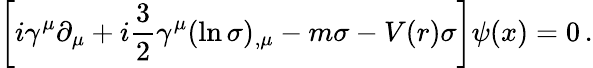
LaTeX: \left[i\gamma^{\mu}\partial_{\mu}+i\frac{3}{2}\gamma^{\mu}(\ln\sigma)_{,\mu}-m\sigma-V(r)\sigma\right]\psi(x)=0\, {.}